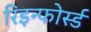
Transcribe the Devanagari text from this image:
रिइन्फोर्स्ड